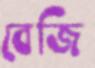
বেজি